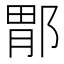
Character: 𫑤